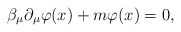
\begin{align*}\beta _\mu \partial _\mu \varphi (x)+m\varphi (x)=0 , \end{align*}